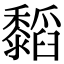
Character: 䵚